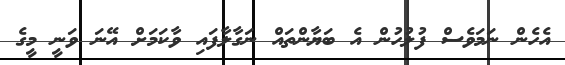
އެހެން ނަމަވެސް ފުލުހުން އެ ބަޔާންތައް ނަގާލާފައި ވާކަމަށް އޭނަ ވަނީ މީގެ